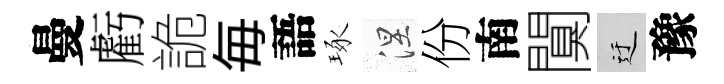
曼虧詭毎語琢涅份南闃迂豫